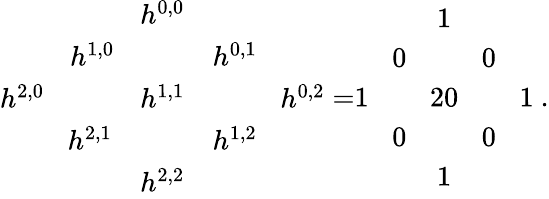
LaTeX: \begin{array}{ccccc}{{}}&{{}}&{{h^{0,0}}}&{{}}&{{}}\\ {{}}&{{h^{1,0}\! }}&{{}}&{{\! h^{0,1}\! }}&{{}}\\ {{h^{2,0}\! }}&{{\! }}&{{h^{1,1}}}&{{\! }}&{{\! h^{0,2}}}\\ {{}}&{{h^{2,1}}}&{{}}&{{h^{1,2}}}&{{}}\\ {{}}&{{}}&{{h^{2,2}}}&{{}}&{{}}\end{array}=\begin{array}{ccccc}{{}}&{{}}&{{1}}&{{}}&{{}}\\ {{}}&{{0\! }}&{{}}&{{\! 0}}&{{}}\\ {{1\! }}&{{\! }}&{{20}}&{{\! }}&{{\! 1}}\\ {{}}&{{0\! }}&{{}}&{{\! 0}}&{{}}\\ {{}}&{{}}&{{1}}&{{}}&{{}}\end{array}\ .